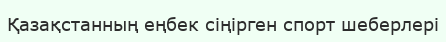
Қазақстанның еңбек сiңiрген спорт шеберлерi